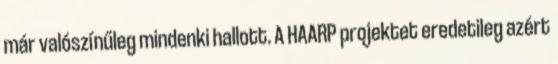
már valószínűleg mindenki hallott. A HAARP projektet eredetileg azért